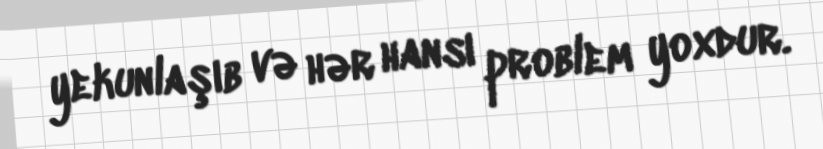
yekunlaşıb və hər hansı problem yoxdur.